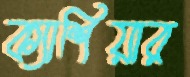
ক্যাশিয়ার